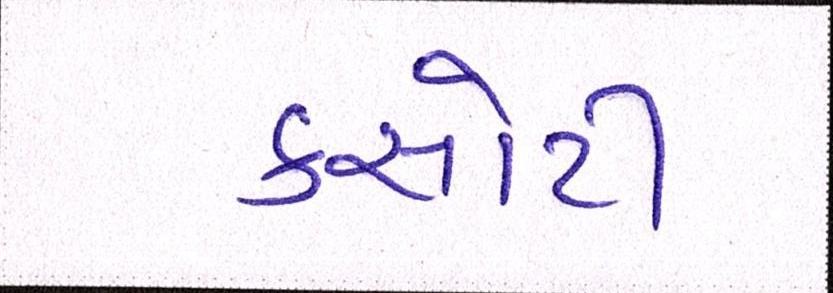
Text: કસોટી